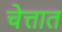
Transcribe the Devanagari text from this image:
चेत्तात